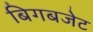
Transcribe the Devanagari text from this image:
बिगबजेट